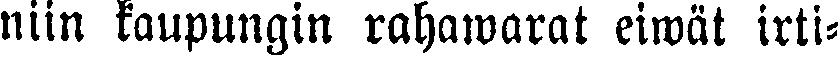
niin kaupungin rahawarat eiwät irti-